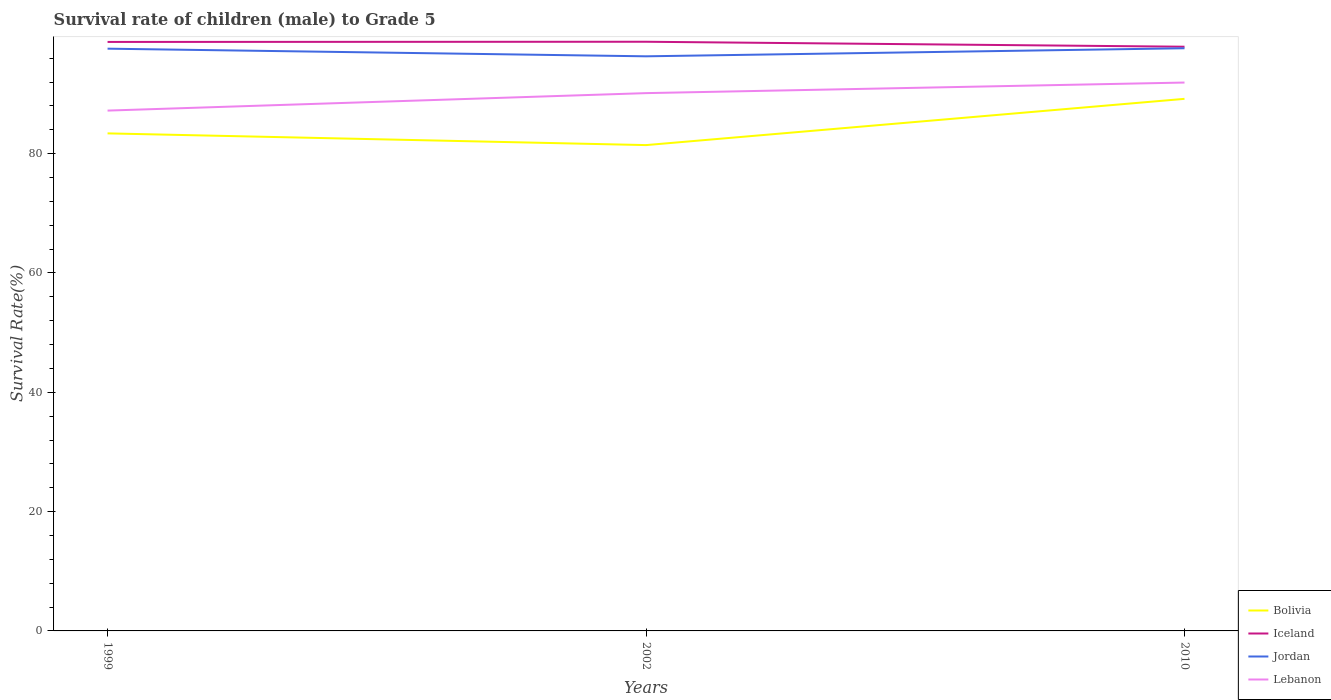
| Years | Bolivia | Iceland | Jordan | Lebanon |
 | --- | --- | --- | --- | --- |
 | 1999 | 83.4 | 98.7 | 97.6 | 87.2 |
 | 2002 | 81.4 | 98.8 | 96.3 | 90.1 |
 | 2010 | 89.2 | 97.9 | 97.7 | 91.9 |